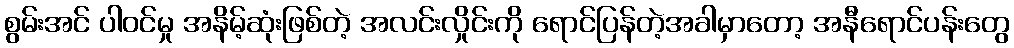
စွမ်းအင် ပါဝင်မှု အနိမ့်ဆုံးဖြစ်တဲ့ အလင်းလှိုင်းကို ရောင်ပြန်တဲ့အခါမှာတော့ အနီရောင်ပန်းတွေ